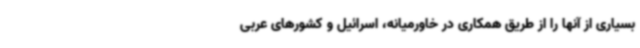
بسیاری از آنها را از طریق همکاری در خاورمیانه، اسرائیل و کشورهای عربی